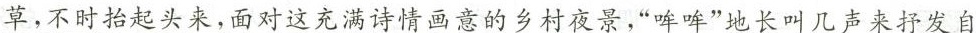
\underline{草，不时抬起头来，面对这充满诗情画意的乡村夜景，”哞哞”地长叫几声来抒发自}